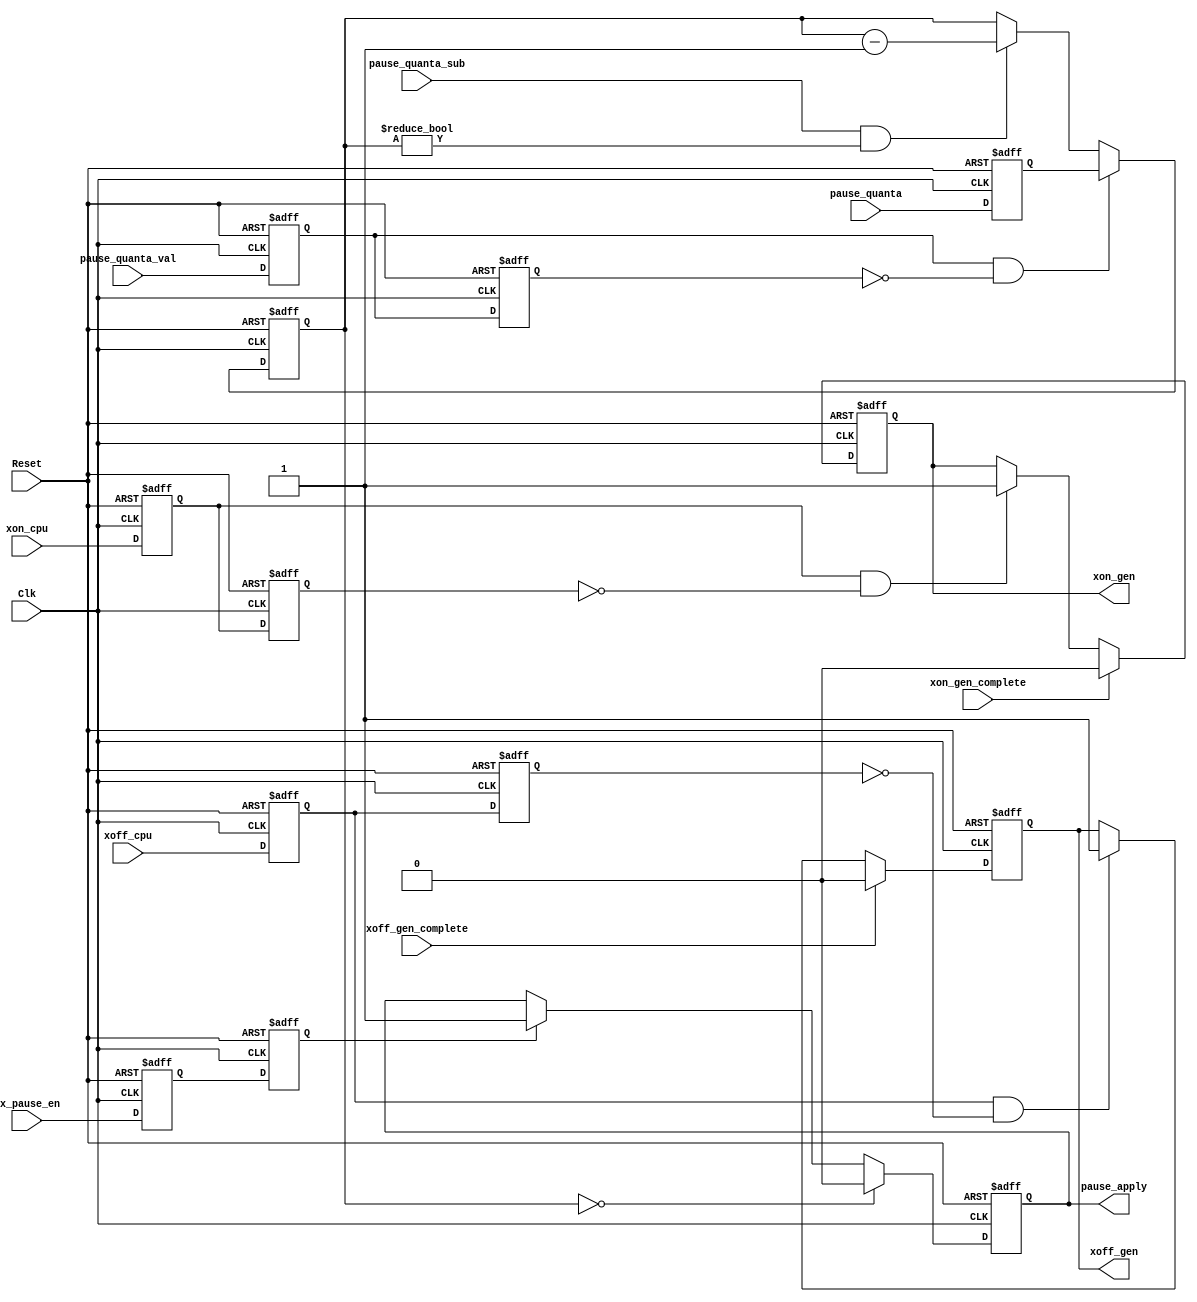
//////////////////////////////////////////////////////////////////////
////                                                              ////
////  flow_ctrl.v                                                 ////
////                                                              ////
////  This file is part of the Ethernet IP core project           ////
////  http://www.opencores.org/projects.cgi/web/ethernet_tri_mode/////
////                                                              ////
////  Author(s):                                                  ////
////      - Jon Gao (gaojon@yahoo.com)                            ////
////                                                              ////
////                                                              ////
//////////////////////////////////////////////////////////////////////
////                                                              ////
//// Copyright (C) 2001 Authors                                   ////
////                                                              ////
//// This source file may be used and distributed without         ////
//// restriction provided that this copyright statement is not    ////
//// removed from the file and that any derivative work contains  ////
//// the original copyright notice and the associated disclaimer. ////
////                                                              ////
//// This source file is free software; you can redistribute it   ////
//// and/or modify it under the terms of the GNU Lesser General   ////
//// Public License as published by the Free Software Foundation; ////
//// either version 2.1 of the License, or (at your option) any   ////
//// later version.                                               ////
////                                                              ////
//// This source is distributed in the hope that it will be       ////
//// useful, but WITHOUT ANY WARRANTY; without even the implied   ////
//// warranty of MERCHANTABILITY or FITNESS FOR A PARTICULAR      ////
//// PURPOSE.  See the GNU Lesser General Public License for more ////
//// details.                                                     ////
////                                                              ////
//// You should have received a copy of the GNU Lesser General    ////
//// Public License along with this source; if not, download it   ////
//// from http://www.opencores.org/lgpl.shtml                     ////
////                                                              ////
//////////////////////////////////////////////////////////////////////
//                                                                    
// CVS Revision History                                               
//                                                                    
// $Log: not supported by cvs2svn $
// Revision 1.2  2005/12/16 06:44:19  Administrator
// replaced tab with space.
// passed 9.6k length frame test.
//
// Revision 1.1.1.1  2005/12/13 01:51:45  Administrator
// no message
//                                           

module flow_ctrl 
(
Reset               ,
Clk                 ,
//host processor    ,
tx_pause_en         ,
xoff_cpu            ,
xon_cpu             ,
//MAC_rx_flow       ,
pause_quanta        ,
pause_quanta_val    ,
//MAC_tx_ctrl       ,
pause_apply         ,
pause_quanta_sub    ,
xoff_gen            ,
xoff_gen_complete   ,
xon_gen             ,
xon_gen_complete    

);

input           Reset               ;
input           Clk                 ;
                //host processor    ;
input           tx_pause_en         ;
input           xoff_cpu            ;
input           xon_cpu             ;
                //MAC_rx_flow       ;
input   [15:0]  pause_quanta        ;
input           pause_quanta_val    ;
                //MAC_tx_ctrl       ;
output          pause_apply         ;
input           pause_quanta_sub    ;
output          xoff_gen            ;
input           xoff_gen_complete   ;
output          xon_gen             ;
input           xon_gen_complete    ;
  
//******************************************************************************
//internal signals                                                              
//******************************************************************************  
reg             xoff_cpu_dl1            ;
reg             xoff_cpu_dl2            ;
reg             xon_cpu_dl1             ;   
reg             xon_cpu_dl2             ;
reg [15:0]      pause_quanta_dl1        ;
reg             pause_quanta_val_dl1    ;
reg             pause_quanta_val_dl2    ;       
reg             pause_apply             ;
reg             xoff_gen                ;
reg             xon_gen                 ;
reg [15:0]      pause_quanta_counter    ;
reg             tx_pause_en_dl1         ;
reg             tx_pause_en_dl2         ;
//******************************************************************************  
//boundery signal processing                                                               
//******************************************************************************
always @ (posedge Clk or posedge Reset)
    if (Reset)
        begin
        xoff_cpu_dl1        <=0;
        xoff_cpu_dl2        <=0;
        end
    else
        begin
        xoff_cpu_dl1        <=xoff_cpu;
        xoff_cpu_dl2        <=xoff_cpu_dl1;
        end

always @ (posedge Clk or posedge Reset)
    if (Reset)
        begin
        xon_cpu_dl1     <=0;
        xon_cpu_dl2     <=0;
        end
    else
        begin
        xon_cpu_dl1     <=xon_cpu;
        xon_cpu_dl2     <=xon_cpu_dl1;
        end     
        
always @ (posedge Clk or posedge Reset)
    if (Reset)
        begin
        pause_quanta_dl1        <=0;
        end
    else
        begin
        pause_quanta_dl1        <=pause_quanta;
        end  
       
always @ (posedge Clk or posedge Reset)
    if (Reset)
        begin
        pause_quanta_val_dl1    <=0;
        pause_quanta_val_dl2    <=0;
        end
    else
        begin
        pause_quanta_val_dl1    <=pause_quanta_val;
        pause_quanta_val_dl2    <=pause_quanta_val_dl1;
        end                      
        
always @ (posedge Clk or posedge Reset)
    if (Reset)
        begin           
        tx_pause_en_dl1     <=0;
        tx_pause_en_dl2     <=0; 
        end
    else
        begin           
        tx_pause_en_dl1     <=tx_pause_en;
        tx_pause_en_dl2     <=tx_pause_en_dl1; 
        end     

//******************************************************************************        
//gen output signals                                                            
//******************************************************************************
always @ (posedge Clk or posedge Reset)
    if (Reset)
        xoff_gen        <=0;
    else if (xoff_gen_complete)
        xoff_gen        <=0;
    else if (xoff_cpu_dl1&&!xoff_cpu_dl2)
        xoff_gen        <=1;

always @ (posedge Clk or posedge Reset)
    if (Reset)
        xon_gen     <=0;
    else if (xon_gen_complete)
        xon_gen     <=0;
    else if (xon_cpu_dl1&&!xon_cpu_dl2)
        xon_gen     <=1;                     

always @ (posedge Clk or posedge Reset)
    if (Reset)
        pause_quanta_counter    <=0;
    else if(pause_quanta_val_dl1&&!pause_quanta_val_dl2)
        pause_quanta_counter    <=pause_quanta_dl1; 
    else if(pause_quanta_sub&&pause_quanta_counter!=0)
        pause_quanta_counter    <=pause_quanta_counter-1;
        
always @ (posedge Clk or posedge Reset)
    if (Reset)
        pause_apply     <=0;
    else if(pause_quanta_counter==0)
        pause_apply     <=0;
    else if (tx_pause_en_dl2)
        pause_apply     <=1;
        
endmodule